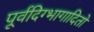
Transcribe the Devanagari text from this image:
पूर्वदिग्भागादितो